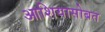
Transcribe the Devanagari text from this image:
आशियासोबत